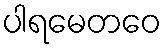
ပါရမေတဝေ